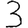
Digit: 3